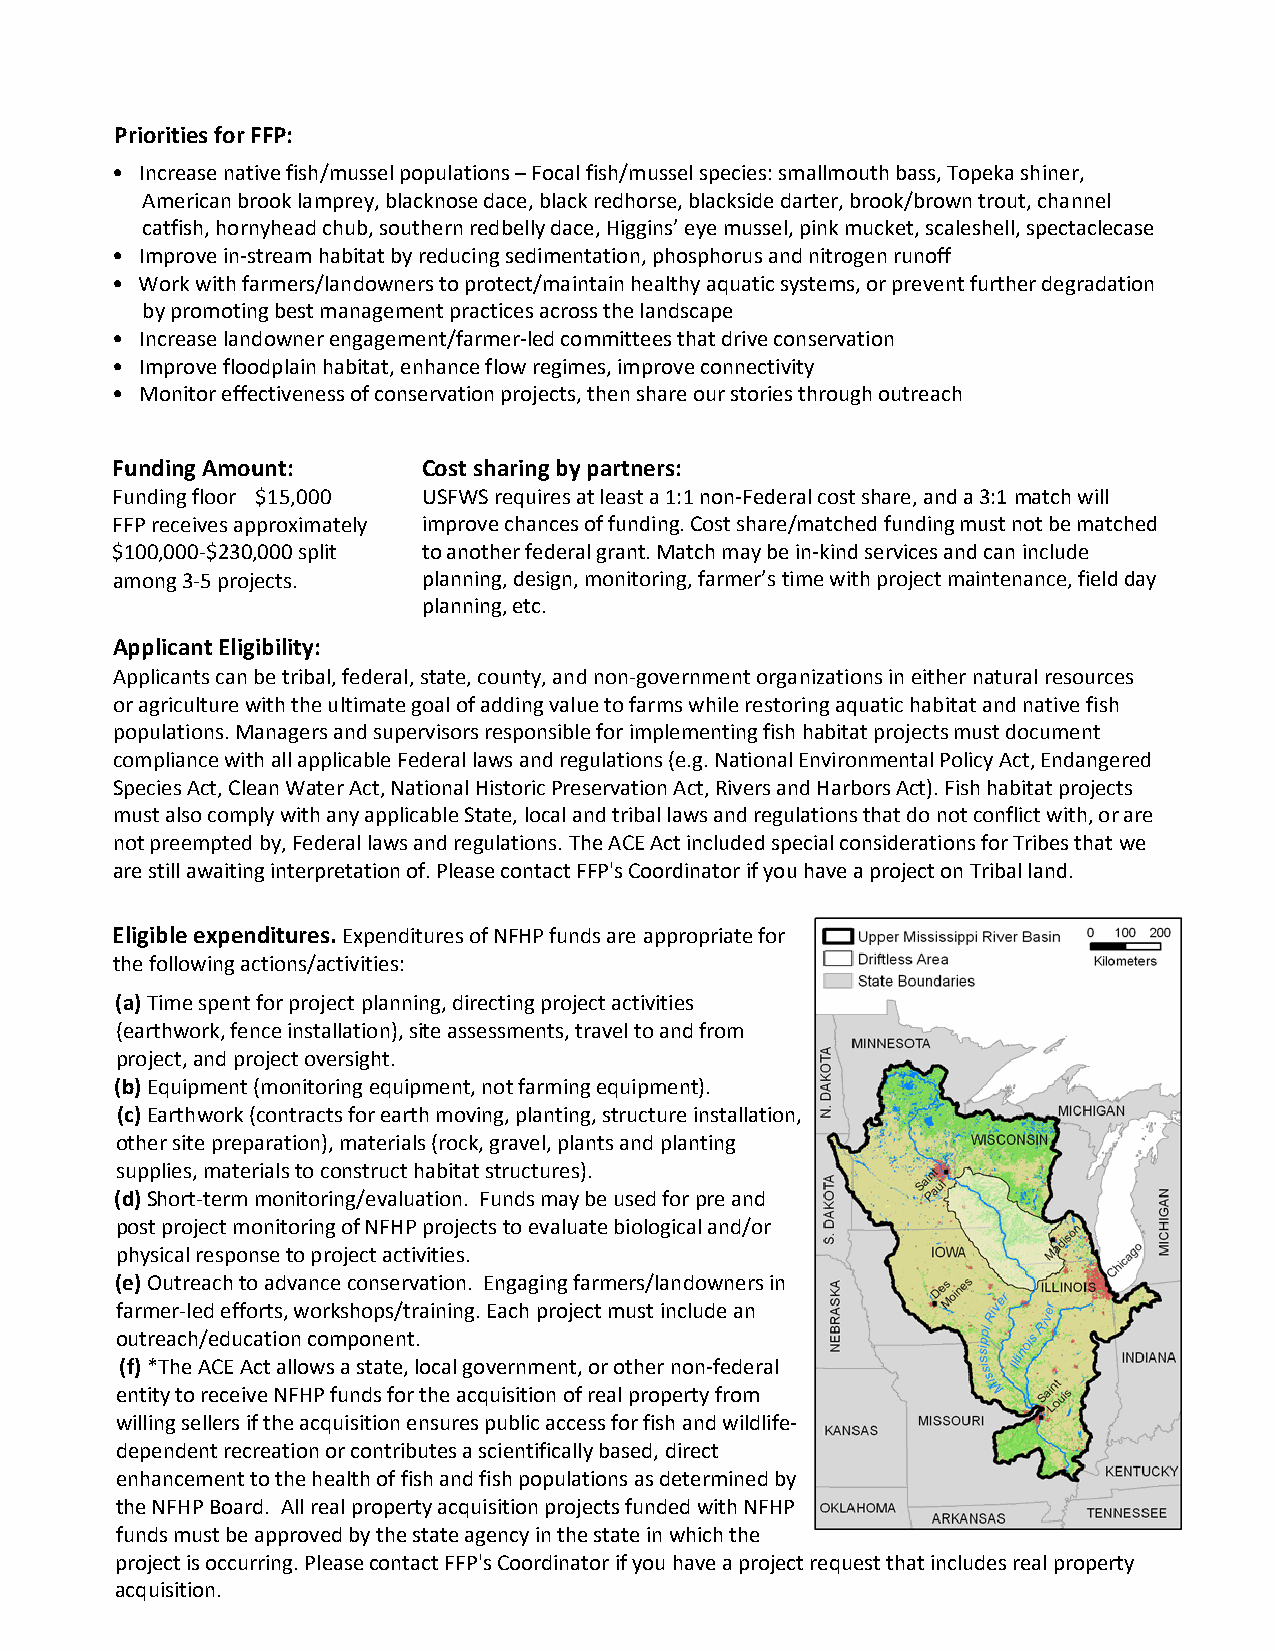
Priorities for FFP:
 • Increase native fish/mussel populations – Focal fish/mussel species: smallmouth bass, Topeka shiner,
 American brook lamprey, blacknose dace, black redhorse, blackside darter, brook/brown trout, channel
 catfish, hornyhead chub, southern redbelly dace, Higgins’ eye mussel, pink mucket, scaleshell, spectaclecase
 • Improve in-stream habitat by reducing sedimentation, phosphorus and nitrogen runoff
 • Work with farmers/landowners to protect/maintain healthy aquatic systems, or prevent further degradation
 by promoting best management practices across the landscape
 • Increase landowner engagement/farmer-led committees that drive conservation
 • Improve floodplain habitat, enhance flow regimes, improve connectivity
 • Monitor effectiveness of conservation projects, then share our stories through outreach
 Funding Amount:      Cost sharing by partners:
 Funding floor $15,000 USFWS requires at least a 1:1 non-Federal cost share, and a 3:1 match will
 FFP receives approximately improve chances of funding. Cost share/matched funding must not be matched
 $100,000-$230,000 split to another federal grant. Match may be in-kind services and can include
 among 3-5 projects.  planning, design, monitoring, farmer’s time with project maintenance, field day
 planning, etc.
 Applicant Eligibility:
 Applicants can be tribal, federal, state, county, and non-government organizations in either natural resources
 or agriculture with the ultimate goal of adding value to farms while restoring aquatic habitat and native fish
 populations. Managers and supervisors responsible for implementing fish habitat projects must document
 compliance with all applicable Federal laws and regulations (e.g. National Environmental Policy Act, Endangered
 Species Act, Clean Water Act, National Historic Preservation Act, Rivers and Harbors Act). Fish habitat projects
 must also comply with any applicable State, local and tribal laws and regulations that do not conflict with, or are
 not preempted by, Federal laws and regulations. The ACE Act included special considerations for Tribes that we
 are still awaiting interpretation of. Please contact FFP's Coordinator if you have a project on Tribal land.
 Eligible expenditures. Expenditures of NFHP funds are appropriate for
 the following actions/activities:
 (a)Time spent for project planning, directing project activities
 (earthwork, fence installation), site assessments, travel to and from
 project, and project oversight.
 (b)Equipment (monitoring equipment, not farming equipment).
 (c)Earthwork (contracts for earth moving, planting, structure installation,
 other site preparation), materials (rock, gravel, plants and planting
 supplies, materials to construct habitat structures).
 (d)Short-term monitoring/evaluation. Funds may be used for pre and
 post project monitoring of NFHP projects to evaluate biological and/or
 physical response to project activities.
 (e)Outreach to advance conservation. Engaging farmers/landowners in
 farmer-led efforts, workshops/training. Each project must include an
 outreach/education component.
 (f)*The ACE Act allows a state, local government, or other non-federal
 entity to receive NFHP funds for the acquisition of real property from
 willing sellers if the acquisition ensures public access for fish and wildlife-
 dependent recreation or contributes a scientifically based, direct
 enhancement to the health of fish and fish populations as determined by
 the NFHP Board. All real property acquisition projects funded with NFHP
 funds must be approved by the state agency in the state in which the
 project is occurring. Please contact FFP's Coordinator if you have a project request that includes real property
 acquisition.